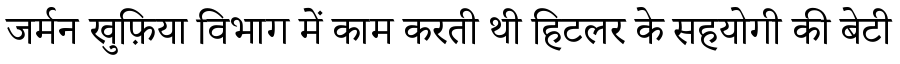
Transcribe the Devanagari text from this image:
जर्मन खुफ़िया विभाग में काम करती थी हिटलर के सहयोगी की बेटी